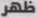
ظهر